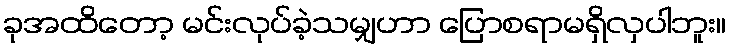
ခုအထိတော့ မင်းလုပ်ခဲ့သမျှဟာ ပြောစရာမရှိလှပါဘူး။